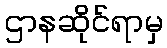
ဌာနဆိုင်ရာမှ